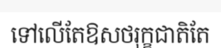
ទៅលើតែឱសថរុក្ខជាតិតែ